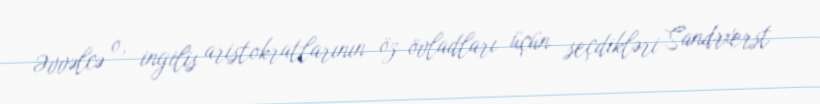
Əvvəlcə o, ingilis aristokratlarının öz övladları üçün seçdikləri Sandrxerst